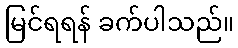
မြင်ရရန် ခက်ပါသည်။